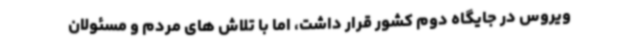
ویروس در جایگاه دوم کشور قرار داشت، اما با تلاش های مردم و مسئولان